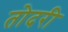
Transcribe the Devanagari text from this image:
तोदरी